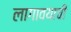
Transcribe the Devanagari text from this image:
लागावयाची